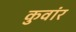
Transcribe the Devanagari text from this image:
कुवांर